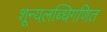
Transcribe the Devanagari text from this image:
शून्यलब्धिगणित